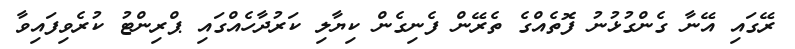
ރޭގައި އޭނާ ގެންގުޅުނު ފޮތެއްގެ ތެރޭން ފެނިގެން ކިޔާލި ކަރުދާހެއްގައި ޕްރިންޓު ކުރެވިފައިވާ